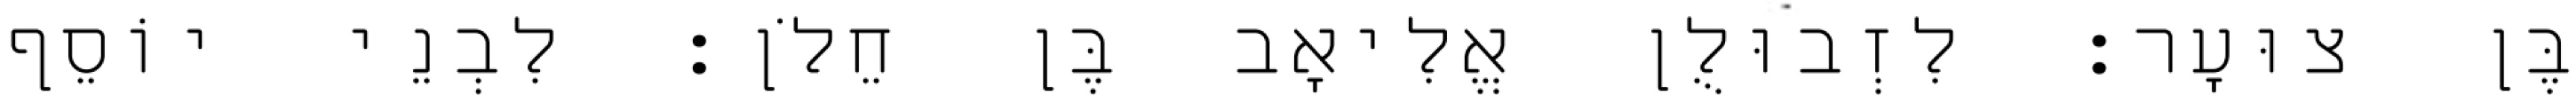
בֶּן צוּעָר׃ לִזְבוּלֻן אֱלִיאָב בֶּן חֵלֹן׃ לִבְנֵי יוֹסֵף